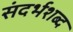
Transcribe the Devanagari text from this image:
संदर्भशब्द